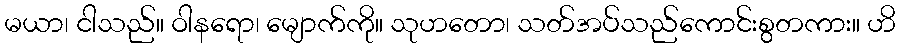
မယာ၊ ငါသည်။ ဝါနရော၊ မျောက်ကို။ သုဟတော၊ သတ်အပ်သည်ကောင်းစွတကား။ ဟိ